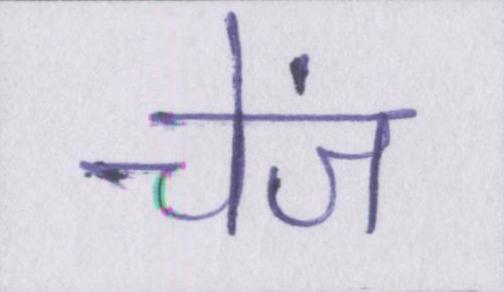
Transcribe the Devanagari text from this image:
चेंज